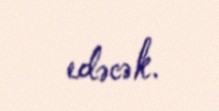
edəcək.